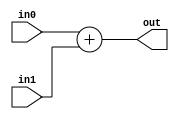
module coreir_add #(
    parameter width = 1
) (
    input [width-1:0] in0,
    input [width-1:0] in1,
    output [width-1:0] out
);
  assign out = in0 + in1;
endmodule

module corebit_const #(
    parameter value = 1
) (
    output out
);
  assign out = value;
endmodule

module Add2_cout_cin (
    input [1:0] I0,
    input [1:0] I1,
    output [1:0] O,
    output COUT,
    input CIN
);
wire bit_const_0_None_out;
wire [2:0] coreir_add3_inst0_out;
wire [2:0] coreir_add3_inst1_out;
corebit_const #(
    .value(1'b0)
) bit_const_0_None (
    .out(bit_const_0_None_out)
);
wire [2:0] coreir_add3_inst0_in1;
assign coreir_add3_inst0_in1 = {bit_const_0_None_out,I1};
coreir_add #(
    .width(3)
) coreir_add3_inst0 (
    .in0(coreir_add3_inst1_out),
    .in1(coreir_add3_inst0_in1),
    .out(coreir_add3_inst0_out)
);
wire [2:0] coreir_add3_inst1_in0;
assign coreir_add3_inst1_in0 = {bit_const_0_None_out,bit_const_0_None_out,CIN};
wire [2:0] coreir_add3_inst1_in1;
assign coreir_add3_inst1_in1 = {bit_const_0_None_out,I0};
coreir_add #(
    .width(3)
) coreir_add3_inst1 (
    .in0(coreir_add3_inst1_in0),
    .in1(coreir_add3_inst1_in1),
    .out(coreir_add3_inst1_out)
);
assign O = coreir_add3_inst0_out[1:0];
assign COUT = coreir_add3_inst0_out[2];
endmodule